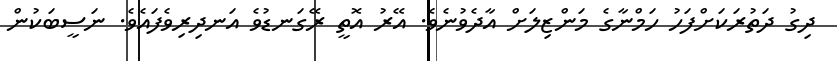
ދިގު ދަތުރަކަށްފަހު ހަމްނާގެ މަންޒިލަށް އާދެވުނެވެ. އޭރު އޮތީ ރޭގަނޑުވެ އަނދިރިވެފައެވެ. ނަސީބަކުން